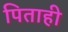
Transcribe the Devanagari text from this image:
पिताही